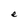
Character: e